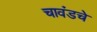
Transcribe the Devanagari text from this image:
चावंडचे